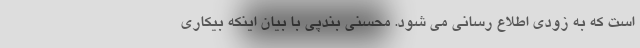
است که به زودی اطلاع رسانی می شود. محسنی بندپی با بیان اینکه بیکاری